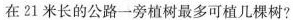
在21米长的公路一旁植树最多可植几棵树?